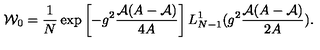
{ \cal W } _ { 0 } = \frac { 1 } { N } \exp \left[ - g ^ { 2 } \frac { { \cal A } ( A - { \cal A } ) } { 4 A } \right] L _ { N - 1 } ^ { 1 } ( g ^ { 2 } \frac { { \cal A } ( A - { \cal A } ) } { 2 A } ) .